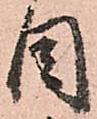
目